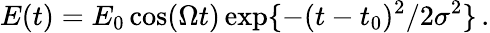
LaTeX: E(t)=E_{0}\cos(\Omega t)\exp\{ -(t-t_{0})^{2}/2\sigma^{2}\} \, .